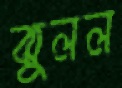
ঝুলল